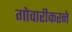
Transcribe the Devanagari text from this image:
गोवारीकरने